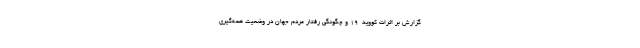
گزارش بر اثرات کووید-۱۹ و چگونگی رفتار مردم جهان در وضعیت همه‌گیری